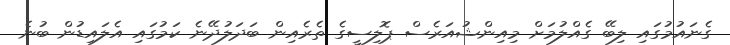
ގެނައުމުގައި ލިބޭ ގެއްލުމަށް މިއިންޝުއަރެސް ޕޮލިސީގެ ތެރެއިން ބަދަލުދޭނެ ކަމުގައި އެލައިޑުން ބުނެ